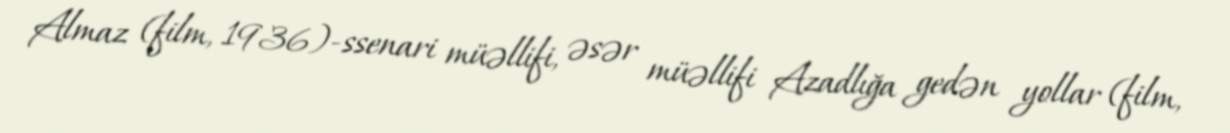
Almaz (film, 1936)-ssenari müəllifi, əsər müəllifi Azadlığa gedən yollar (film,